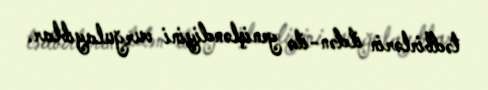
tədbirlərin ildən-ilə genişləndiyini vurğulayıblar.